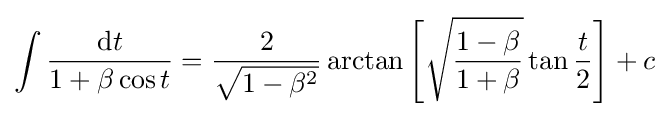
\int {\frac {\mathrm {d} t}{1+\beta \cos t}}={\frac {2}{\sqrt {1-\beta ^{2}}}}\arctan \left[{\sqrt {\frac {1-\beta }{1+\beta }}}\tan {\frac {t}{2}}\right]+c